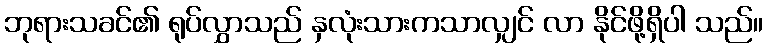
ဘုရားသခင်၏ ရုပ်လွှာသည် နှလုံးသားကသာလျှင် လာ နိုင်ဖို့ရှိပါ သည်။